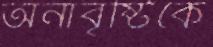
অনাবৃষ্টিকে